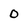
Character: O